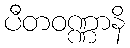
ပီတဝဏ္ဏာနိ